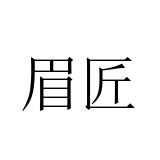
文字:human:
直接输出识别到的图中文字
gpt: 眉匠